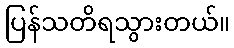
ပြန်သတိရသွားတယ်။